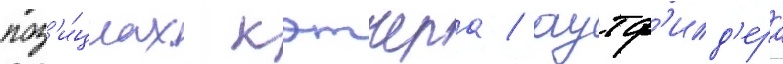
поз'и́циах кэтчера / аутф'илд'ера